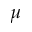
\mu